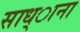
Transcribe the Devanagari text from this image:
साध्ाना